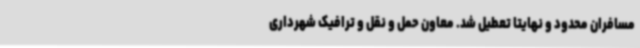
مسافران محدود و نهایتا تعطیل شد. معاون حمل و نقل و ترافیک شهرداری